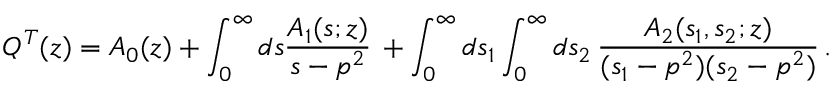
Q ^ { T } ( z ) = A _ { 0 } ( z ) + \int _ { 0 } ^ { \infty } d s \frac { A _ { 1 } ( s ; z ) } { s - p ^ { 2 } } \, + \int _ { 0 } ^ { \infty } d s _ { 1 } \int _ { 0 } ^ { \infty } d s _ { 2 } \, \frac { A _ { 2 } ( s _ { 1 } , s _ { 2 } ; z ) } { ( s _ { 1 } - p ^ { 2 } ) ( s _ { 2 } - p ^ { 2 } ) } \, .